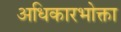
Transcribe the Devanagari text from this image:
अधिकारभोक्ता